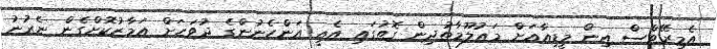
އެމިރޭޓްސް އިން މީޑިއާއަށް މައުލޫމާތުދިން ގޮތުގައި އެއީ އަންހެނުންގެ ދުވަހަށް އަމާޒުކޮށްގެން ނެރުނު